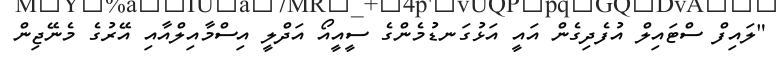
"ލައިފް ސްޓައިލް އުފެދިގެން އައީ އަޅުގަނޑުމެންގެ ސީއީއޯ އަދްލީ އިސްމާއިލްއާއި އޭރުގެ މެނޭޖިން